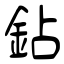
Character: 鉆